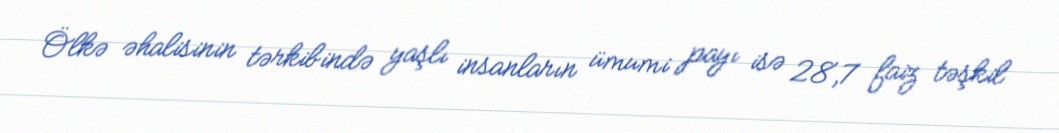
Ölkə əhalisinin tərkibində yaşlı insanların ümumi payı isə 28,7 faiz təşkil